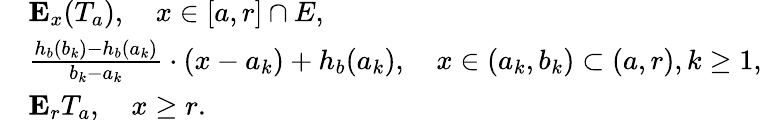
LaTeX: \begin{array}{rl}&{\mathbf{E}_{x}(T_{a}),\quad x\in[a,r]\cap E,}\\ &{\frac{h_{b}(b_{k})-h_{b}(a_{k})}{b_{k}-a_{k}}\cdot(x-a_{k})+h_{b}(a_{k}),\quad x\in(a_{k},b_{k})\subset(a,r),k\geq 1,}\\ &{\mathbf{E}_{r}T_{a},\quad x\geq r.}\end{array}